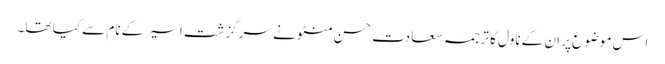
اس موضوع پر ان کے ناول کا ترجمہ سعادت حسن منٹو نے سرگزشت اسیر کے نام سے کیا تھا۔